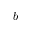
b